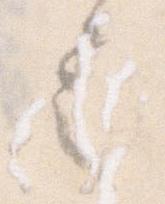
令